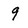
Character: 9